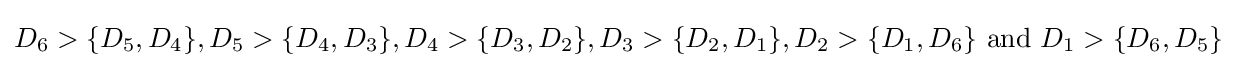
D_{6}>\{D_{5},D_{4}\},D_{5}>\{D_{4},D_{3}\},D_{4}>\{D_{3},D_{2}\},D_{3}>\{D_{2},D_{1}\},D_{2}>\{D_{1},D_{6}\}\ {\text{and}}\ D_{1}>\{D_{6},D_{5}\}